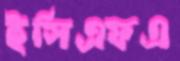
ইসিএফএ